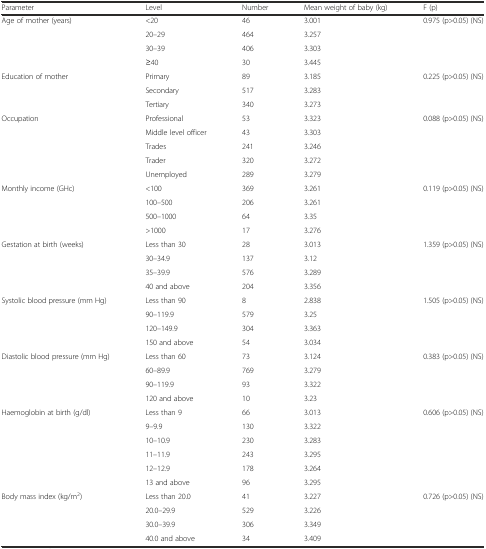
<table><thead><tr><td><b>Parameter</b></td><td><b>Level</b></td><td><b>Number</b></td><td><b>Mean weight of baby (kg)</b></td><td><b>F (p)</b></td></tr></thead><tbody><tr><td rowspan="4">Age of mother (years)</td><td>&lt;20</td><td>46</td><td>3.001</td><td>0.975 (p&gt;0.05) (NS)</td></tr><tr><td>20–29</td><td>464</td><td>3.257</td><td></td></tr><tr><td>30–39</td><td>406</td><td>3.303</td><td></td></tr><tr><td>≥40</td><td>30</td><td>3.445</td><td></td></tr><tr><td rowspan="3">Education of mother</td><td>Primary</td><td>89</td><td>3.185</td><td>0.225 (p&gt;0.05) (NS)</td></tr><tr><td>Secondary</td><td>517</td><td>3.283</td><td></td></tr><tr><td>Tertiary</td><td>340</td><td>3.273</td><td></td></tr><tr><td rowspan="5">Occupation</td><td>Professional</td><td>53</td><td>3.323</td><td>0.088 (p&gt;0.05) (NS)</td></tr><tr><td>Middle level officer</td><td>43</td><td>3.303</td><td></td></tr><tr><td>Trades</td><td>241</td><td>3.246</td><td></td></tr><tr><td>Trader</td><td>320</td><td>3.272</td><td></td></tr><tr><td>Unemployed</td><td>289</td><td>3.279</td><td></td></tr><tr><td rowspan="4">Monthly income (GHc)</td><td>&lt;100</td><td>369</td><td>3.261</td><td>0.119 (p&gt;0.05) (NS)</td></tr><tr><td>100–500</td><td>206</td><td>3.261</td><td></td></tr><tr><td>500–1000</td><td>64</td><td>3.35</td><td></td></tr><tr><td>&gt;1000</td><td>17</td><td>3.276</td><td></td></tr><tr><td rowspan="4">Gestation at birth (weeks)</td><td>Less than 30</td><td>28</td><td>3.013</td><td>1.359 (p&gt;0.05) (NS)</td></tr><tr><td>30–34.9</td><td>137</td><td>3.12</td><td></td></tr><tr><td>35–39.9</td><td>576</td><td>3.289</td><td></td></tr><tr><td>40 and above</td><td>204</td><td>3.356</td><td></td></tr><tr><td rowspan="4">Systolic blood pressure (mm Hg)</td><td>Less than 90</td><td>8</td><td>2.838</td><td>1.505 (p&gt;0.05) (NS)</td></tr><tr><td>90–119.9</td><td>579</td><td>3.25</td><td></td></tr><tr><td>120–149.9</td><td>304</td><td>3.363</td><td></td></tr><tr><td>150 and above</td><td>54</td><td>3.034</td><td></td></tr><tr><td rowspan="4">Diastolic blood pressure (mm Hg)</td><td>Less than 60</td><td>73</td><td>3.124</td><td>0.383 (p&gt;0.05) (NS)</td></tr><tr><td>60–89.9</td><td>769</td><td>3.279</td><td></td></tr><tr><td>90–119.9</td><td>93</td><td>3.322</td><td></td></tr><tr><td>120 and above</td><td>10</td><td>3.23</td><td></td></tr><tr><td rowspan="6">Haemoglobin at birth (g/dl)</td><td>Less than 9</td><td>66</td><td>3.013</td><td>0.606 (p&gt;0.05) (NS)</td></tr><tr><td>9–9.9</td><td>130</td><td>3.322</td><td></td></tr><tr><td>10–10.9</td><td>230</td><td>3.283</td><td></td></tr><tr><td>11–11.9</td><td>243</td><td>3.295</td><td></td></tr><tr><td>12–12.9</td><td>178</td><td>3.264</td><td></td></tr><tr><td>13 and above</td><td>96</td><td>3.295</td><td></td></tr><tr><td rowspan="4">Body mass index (kg/m<sup>2</sup>)</td><td>Less than 20.0</td><td>41</td><td>3.227</td><td>0.726 (p&gt;0.05) (NS)</td></tr><tr><td>20.0–29.9</td><td>529</td><td>3.226</td><td></td></tr><tr><td>30.0–39.9</td><td>306</td><td>3.349</td><td></td></tr><tr><td>40.0 and above</td><td>34</td><td>3.409</td><td></td></tr></tbody></table>